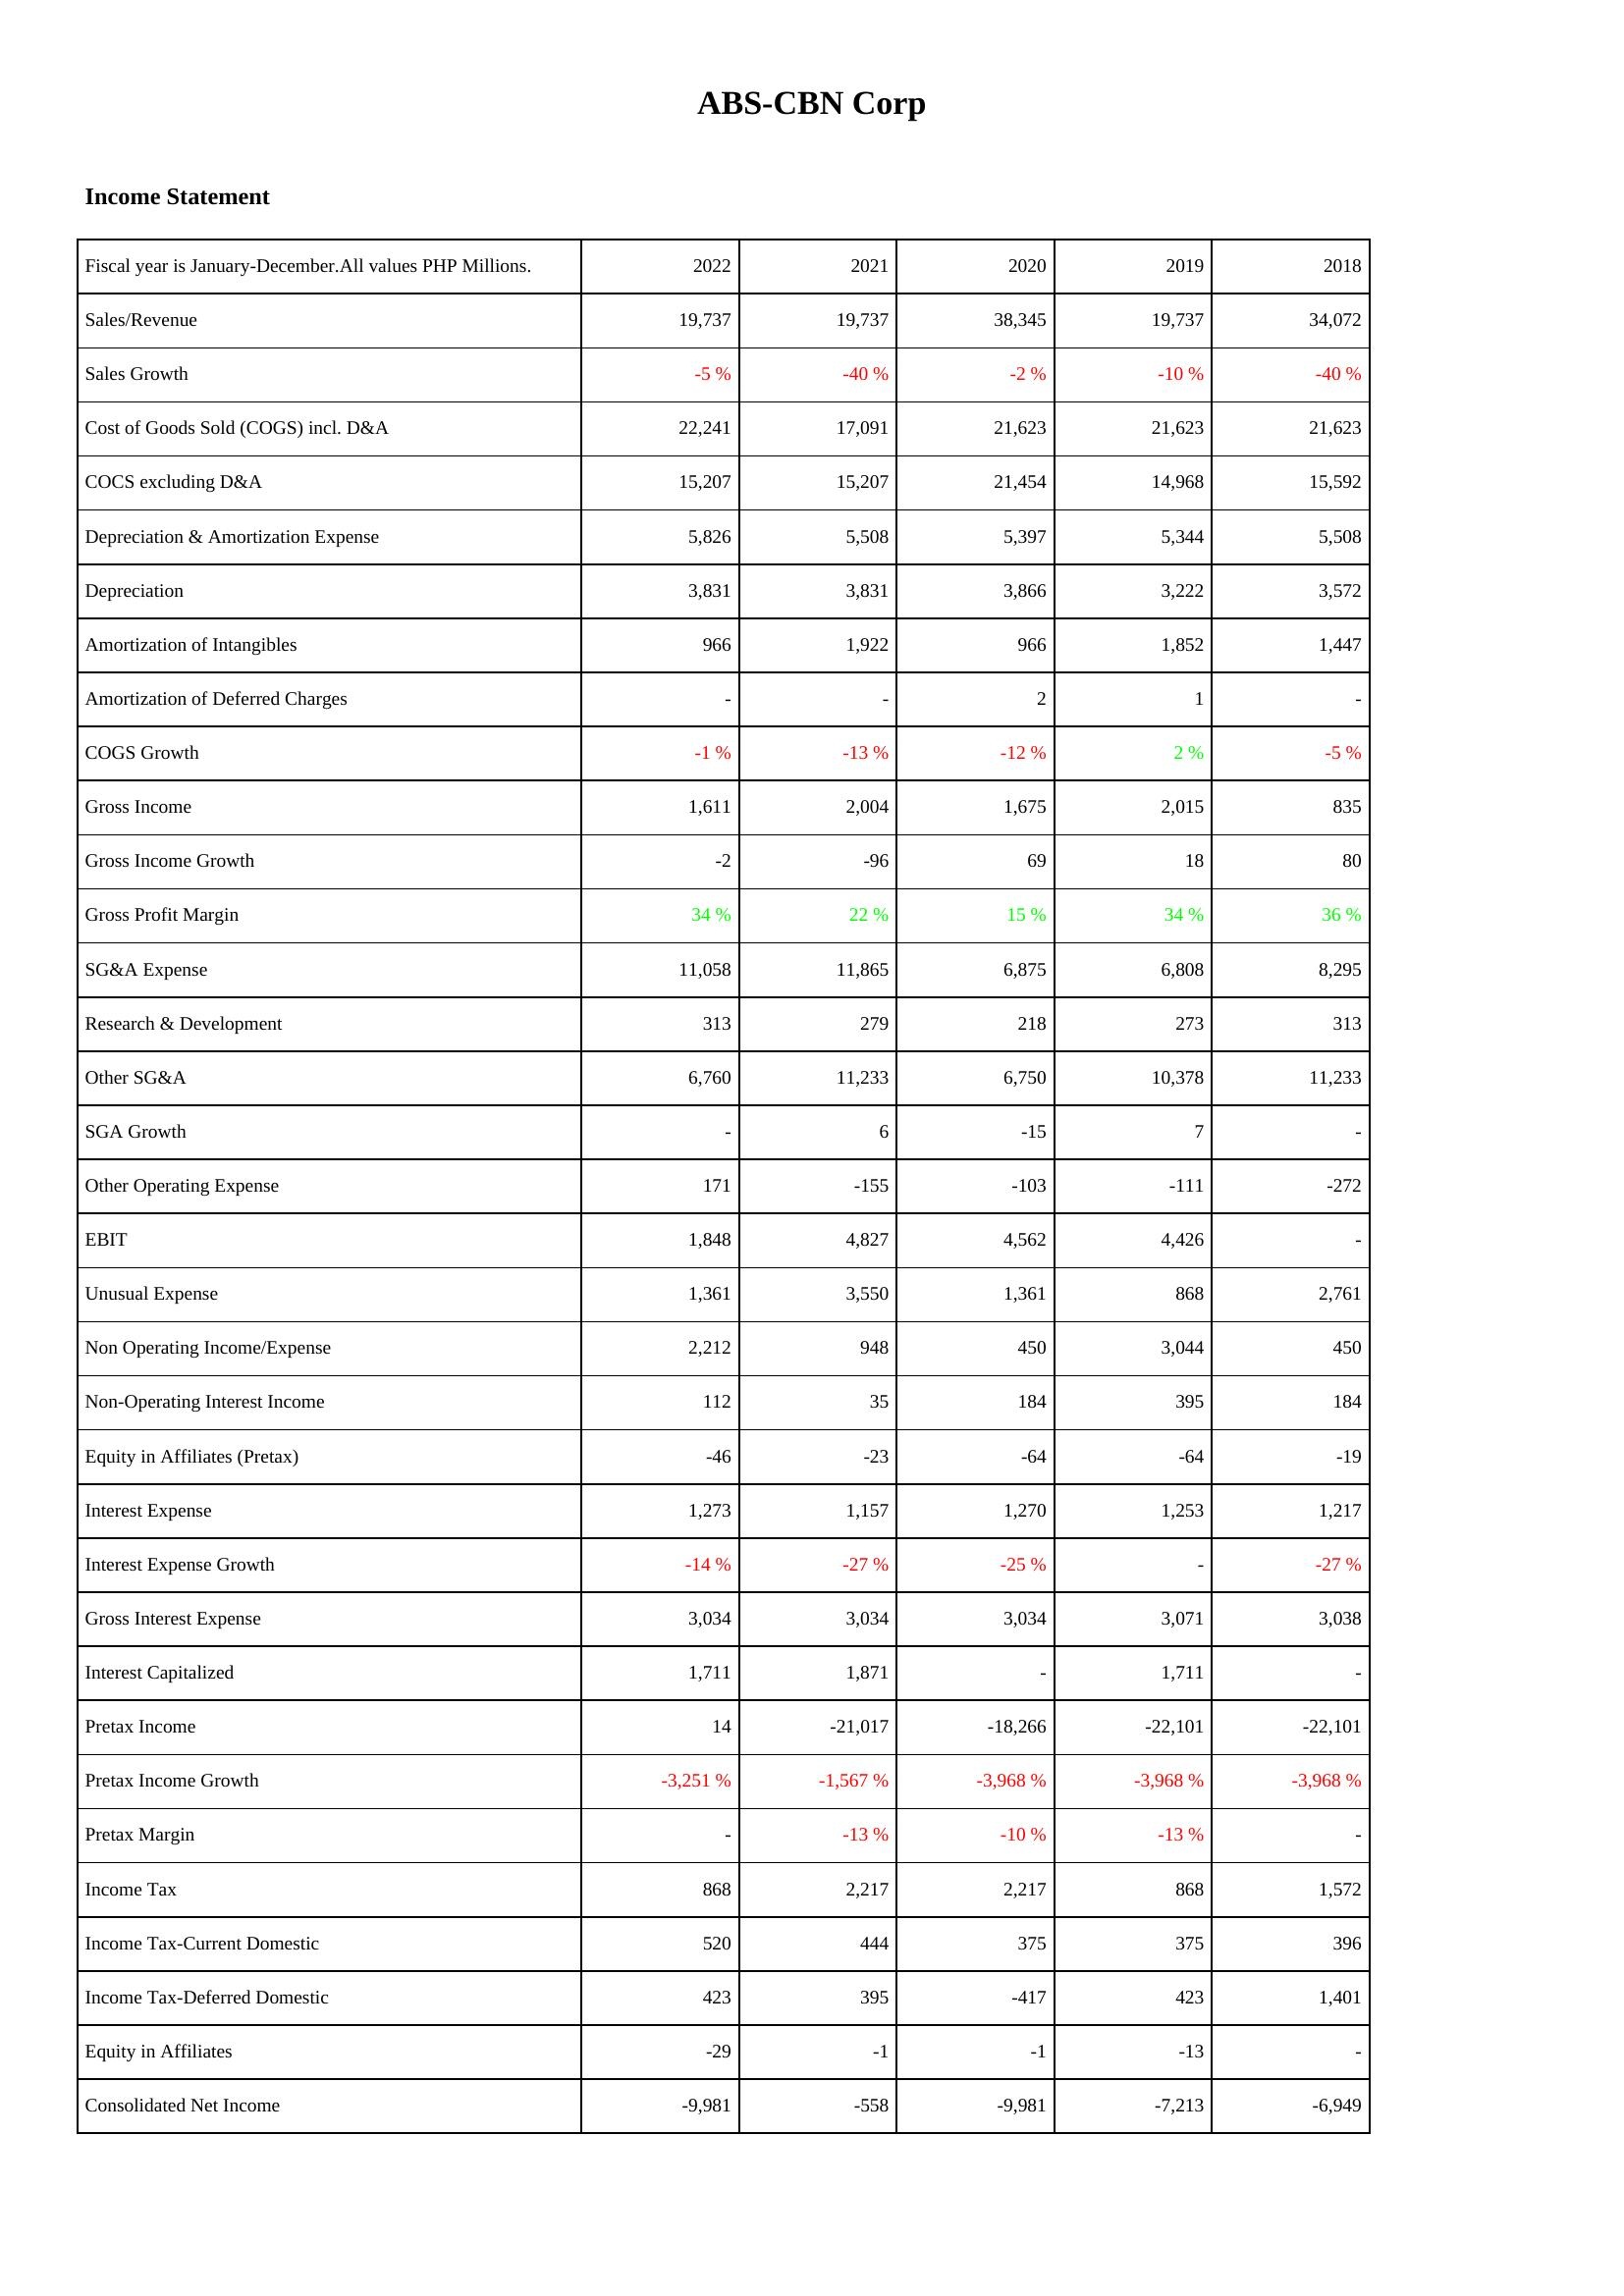
2022: Income Statement: Sales/Revenue: 19,737
Sales Growth: -5 %
Cost of Goods Sold (COGS) incl. D&A: 22,241
COCS excluding D&A: 15,207
Depreciation & Amortization Expense: 5,826
Depreciation: 3,831
Amortization of Intangibles: 966
Amortization of Deferred Charges: -
COGS Growth: -1 %
Gross Income: 1,611
Gross Income Growth: -2
Gross Profit Margin: 34 %
SG&A Expense: 11,058
Research & Development: 313
Other SG&A: 6,760
SGA Growth: -
Other Operating Expense: 171
EBIT: 1,848
Unusual Expense: 1,361
Non Operating Income/Expense: 2,212
Non-Operating Interest Income: 112
Equity in Affiliates (Pretax): -46
Interest Expense: 1,273
Interest Expense Growth: -14 %
Gross Interest Expense: 3,034
Interest Capitalized: 1,711
Pretax Income: 14
Pretax Income Growth: -3,251 %
Pretax Margin: -
Income Tax: 868
Income Tax-Current Domestic: 520
Income Tax-Deferred Domestic: 423
Equity in Affiliates: -29
Consolidated Net Income: -9,981
2021: Income Statement: Sales/Revenue: 19,737
Sales Growth: -40 %
Cost of Goods Sold (COGS) incl. D&A: 17,091
COCS excluding D&A: 15,207
Depreciation & Amortization Expense: 5,508
Depreciation: 3,831
Amortization of Intangibles: 1,922
Amortization of Deferred Charges: -
COGS Growth: -13 %
Gross Income: 2,004
Gross Income Growth: -96
Gross Profit Margin: 22 %
SG&A Expense: 11,865
Research & Development: 279
Other SG&A: 11,233
SGA Growth: 6
Other Operating Expense: -155
EBIT: 4,827
Unusual Expense: 3,550
Non Operating Income/Expense: 948
Non-Operating Interest Income: 35
Equity in Affiliates (Pretax): -23
Interest Expense: 1,157
Interest Expense Growth: -27 %
Gross Interest Expense: 3,034
Interest Capitalized: 1,871
Pretax Income: -21,017
Pretax Income Growth: -1,567 %
Pretax Margin: -13 %
Income Tax: 2,217
Income Tax-Current Domestic: 444
Income Tax-Deferred Domestic: 395
Equity in Affiliates: -1
Consolidated Net Income: -558
2020: Income Statement: Sales/Revenue: 38,345
Sales Growth: -2 %
Cost of Goods Sold (COGS) incl. D&A: 21,623
COCS excluding D&A: 21,454
Depreciation & Amortization Expense: 5,397
Depreciation: 3,866
Amortization of Intangibles: 966
Amortization of Deferred Charges: 2
COGS Growth: -12 %
Gross Income: 1,675
Gross Income Growth: 69
Gross Profit Margin: 15 %
SG&A Expense: 6,875
Research & Development: 218
Other SG&A: 6,750
SGA Growth: -15
Other Operating Expense: -103
EBIT: 4,562
Unusual Expense: 1,361
Non Operating Income/Expense: 450
Non-Operating Interest Income: 184
Equity in Affiliates (Pretax): -64
Interest Expense: 1,270
Interest Expense Growth: -25 %
Gross Interest Expense: 3,034
Interest Capitalized: -
Pretax Income: -18,266
Pretax Income Growth: -3,968 %
Pretax Margin: -10 %
Income Tax: 2,217
Income Tax-Current Domestic: 375
Income Tax-Deferred Domestic: -417
Equity in Affiliates: -1
Consolidated Net Income: -9,981
2019: Income Statement: Sales/Revenue: 19,737
Sales Growth: -10 %
Cost of Goods Sold (COGS) incl. D&A: 21,623
COCS excluding D&A: 14,968
Depreciation & Amortization Expense: 5,344
Depreciation: 3,222
Amortization of Intangibles: 1,852
Amortization of Deferred Charges: 1
COGS Growth: 2 %
Gross Income: 2,015
Gross Income Growth: 18
Gross Profit Margin: 34 %
SG&A Expense: 6,808
Research & Development: 273
Other SG&A: 10,378
SGA Growth: 7
Other Operating Expense: -111
EBIT: 4,426
Unusual Expense: 868
Non Operating Income/Expense: 3,044
Non-Operating Interest Income: 395
Equity in Affiliates (Pretax): -64
Interest Expense: 1,253
Interest Expense Growth: -
Gross Interest Expense: 3,071
Interest Capitalized: 1,711
Pretax Income: -22,101
Pretax Income Growth: -3,968 %
Pretax Margin: -13 %
Income Tax: 868
Income Tax-Current Domestic: 375
Income Tax-Deferred Domestic: 423
Equity in Affiliates: -13
Consolidated Net Income: -7,213
2018: Income Statement: Sales/Revenue: 34,072
Sales Growth: -40 %
Cost of Goods Sold (COGS) incl. D&A: 21,623
COCS excluding D&A: 15,592
Depreciation & Amortization Expense: 5,508
Depreciation: 3,572
Amortization of Intangibles: 1,447
Amortization of Deferred Charges: -
COGS Growth: -5 %
Gross Income: 835
Gross Income Growth: 80
Gross Profit Margin: 36 %
SG&A Expense: 8,295
Research & Development: 313
Other SG&A: 11,233
SGA Growth: -
Other Operating Expense: -272
EBIT: -
Unusual Expense: 2,761
Non Operating Income/Expense: 450
Non-Operating Interest Income: 184
Equity in Affiliates (Pretax): -19
Interest Expense: 1,217
Interest Expense Growth: -27 %
Gross Interest Expense: 3,038
Interest Capitalized: -
Pretax Income: -22,101
Pretax Income Growth: -3,968 %
Pretax Margin: -
Income Tax: 1,572
Income Tax-Current Domestic: 396
Income Tax-Deferred Domestic: 1,401
Equity in Affiliates: -
Consolidated Net Income: -6,949